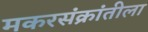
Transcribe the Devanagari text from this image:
मकरसंक्रांतीला